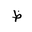
Letter: _za